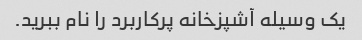
یک وسیله آشپزخانه پرکاربرد را نام ببرید.